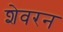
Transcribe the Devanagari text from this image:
शेवरन